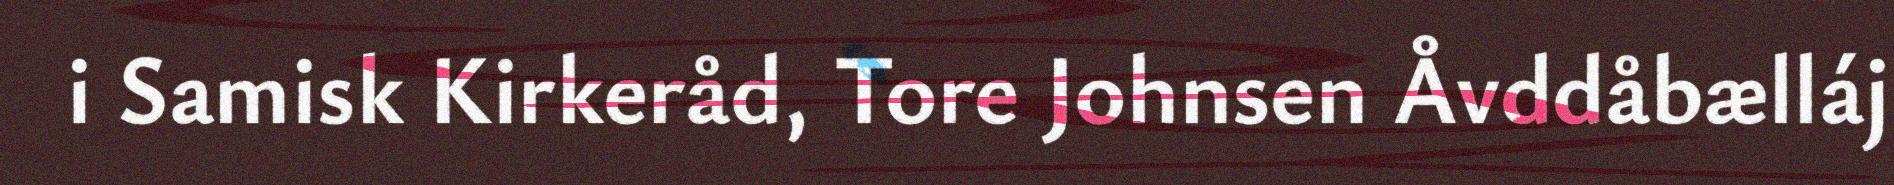
i Samisk Kirkeråd, Tore Johnsen Åvddåbælláj